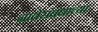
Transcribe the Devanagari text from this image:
नातेसंबंधांच्या